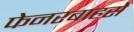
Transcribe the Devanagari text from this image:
फेनरबाहसे